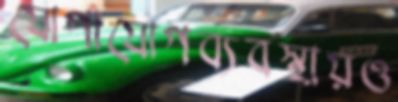
যোগাযোগব্যবস্থায়ও